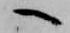
へ